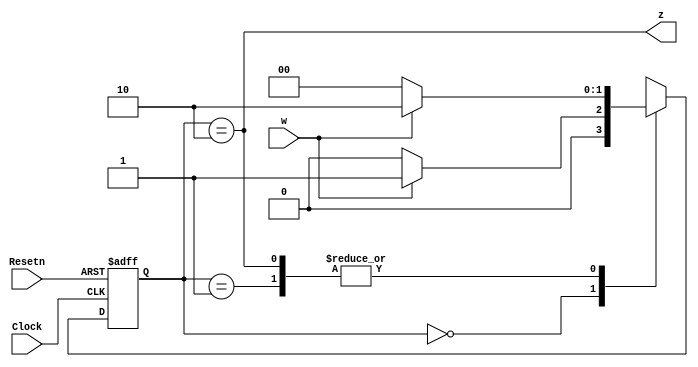
module testmoore(Clock, Resetn, w,z);
input Clock, Resetn, w;
output z;
reg[2:1] y,Y;
parameter [2:1] A=2'b00, B=2'b01, C=2'b10;

//Define the next state combinational circuit

always@(w,y)
	case(y)
		A: if(w) Y=B;
			else Y=A;
		B: if(w) Y=C;
			else Y=A;
		C: if(w) Y=C;
			else Y=A;
		default: Y=2'bxx;
	endcase

//Define the sequential block
always@(negedge Resetn, posedge Clock)
	if(Resetn == 0) y<=A;
	else y<= Y;
	
//Define output
assign z = (y == C);
endmodule